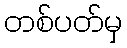
တစ်ပတ်မှ